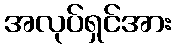
အလုပ်ရှင်အား